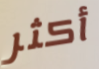
أكثر